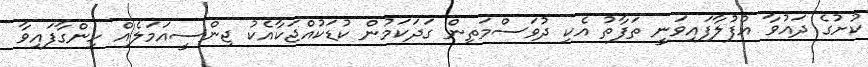
ކުށުގެ ދައުވާ އުފުލާފައިވަނީ ތަފާތު އެކި ދުވަސްމަތިން ގަދަކަމުން ކުޑަކުއްޖަކާއެކު ޖިންސީއަމަލެއް ހިންގާފައިވާ